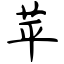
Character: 苹